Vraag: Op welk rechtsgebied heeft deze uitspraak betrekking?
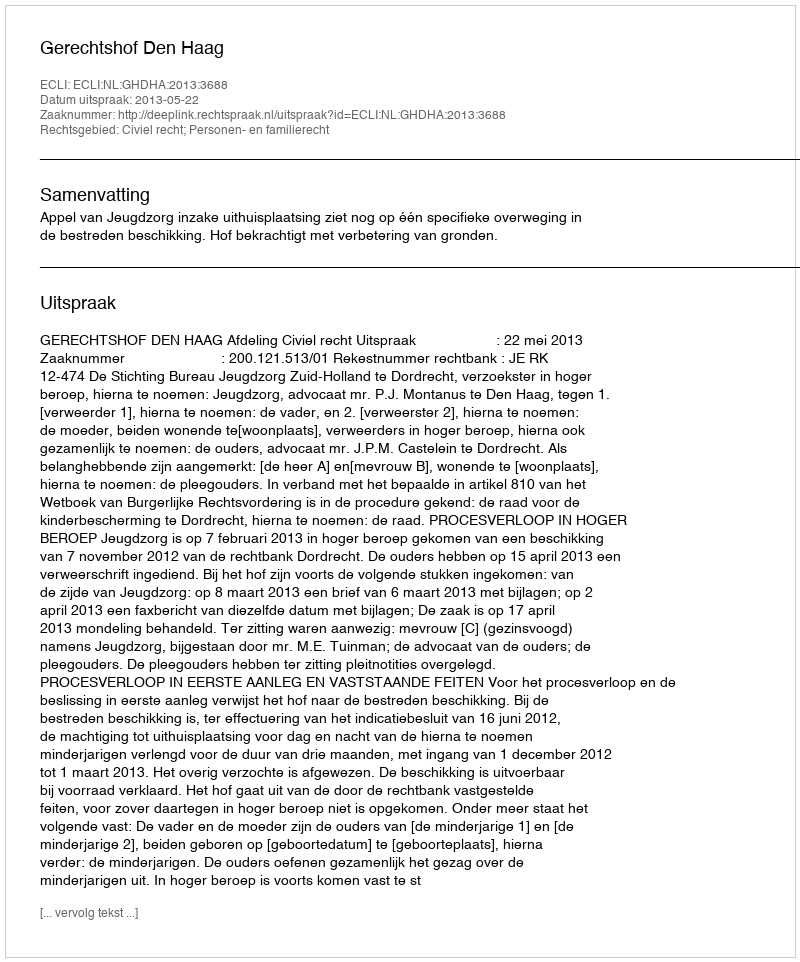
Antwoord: Civiel recht; Personen- en familierecht